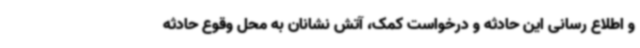
و اطلاع رسانی این حادثه و درخواست کمک، آتش نشانان به محل وقوع حادثه